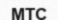
МТС